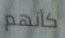
كأنهم